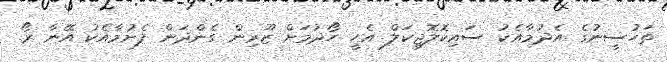
ތަހުސީނުގެ އެދުމާއެކު ސައިކޮލޮޖިކަލް އެހީ ހޯދުމަށް ޒޫރިން ގެންދަން ފެށުމާއެކު އޭނާ ރޯ